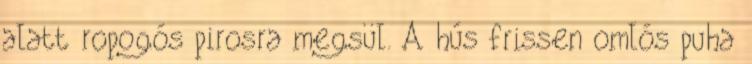
alatt ropogós pirosra megsül. A hús frissen omlós puha